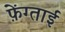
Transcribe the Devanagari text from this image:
फ़ेंग्ताई